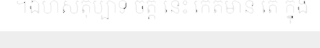
។ឯហសិតុប្បាទ ចិត្ត នេះ កើតមាន តែ ក្នុង